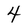
Character: 4